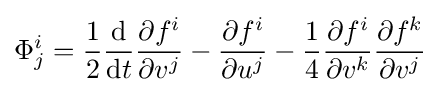
\Phi _{j}^{i}={\frac {1}{2}}{\frac {\mathrm {d} }{\mathrm {d} t}}{\frac {\partial f^{i}}{\partial v^{j}}}-{\frac {\partial f^{i}}{\partial u^{j}}}-{\frac {1}{4}}{\frac {\partial f^{i}}{\partial v^{k}}}{\frac {\partial f^{k}}{\partial v^{j}}}